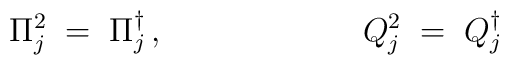
\Pi_j^2 \;=\; \Pi^\dagger_j\,,\hspace{2.5cm}Q_j^2 \;=\; Q^\dagger_j